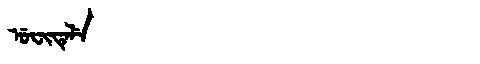
Manchu: ᡠᠸᡳᡨᡝᠯᡝ
Romanization: UFITELE